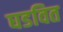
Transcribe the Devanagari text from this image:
घडवित